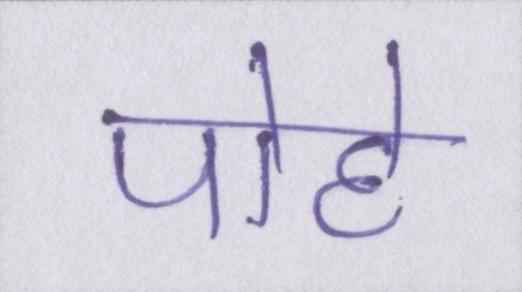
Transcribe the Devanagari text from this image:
पोहे